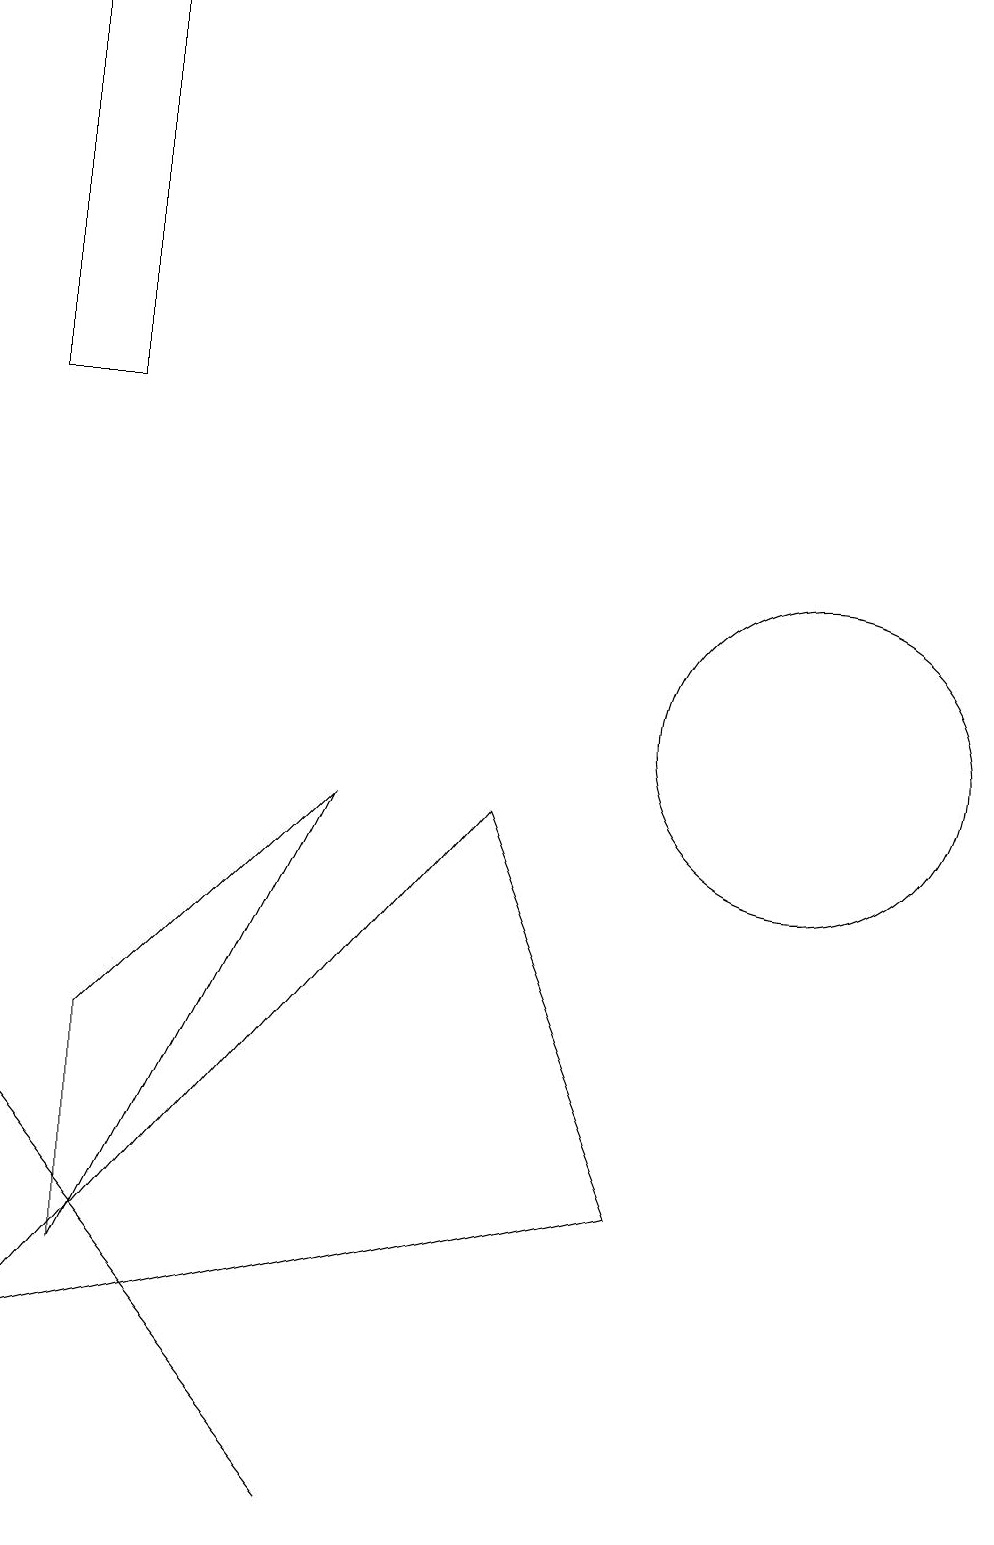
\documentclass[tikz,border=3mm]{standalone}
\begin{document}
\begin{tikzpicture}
\draw (2,6) -- (2,3) -- (5,9) -- cycle;
\draw (9,4) -- (1,2) -- (7,9) -- cycle;
\draw (1,5) -- (5,0) -- (1,5) -- cycle;
\draw (11,10) circle (2);
\draw (1,19) rectangle (2,14);
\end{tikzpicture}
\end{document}